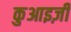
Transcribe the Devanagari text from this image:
कुआइज़ी